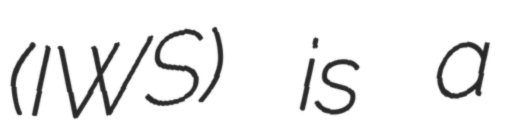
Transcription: (IWS) is a